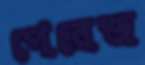
পেরেজ